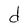
Character: d